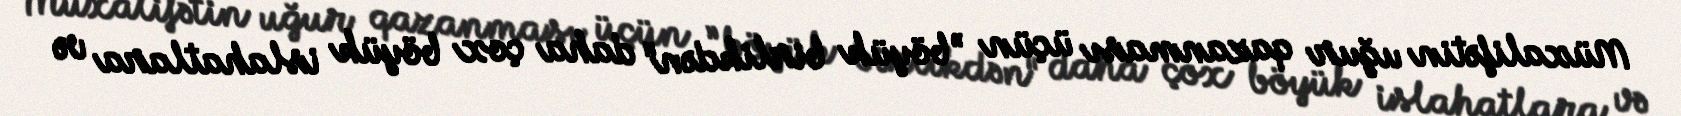
Müxalifətin uğur qazanması üçün ”böyük birlikdən" daha çox böyük islahatlara və